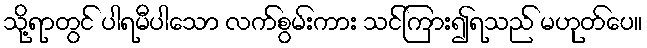
သို့ရာတွင် ပါရမီပါသော လက်စွမ်းကား သင်ကြား၍ရသည် မဟုတ်ပေ။